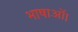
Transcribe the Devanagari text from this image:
भाषाओं।